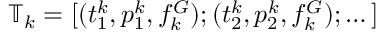
\mathbb { T } _ { k } = [ ( t _ { 1 } ^ { k } , p _ { 1 } ^ { k } , f _ { k } ^ { G } ) ; ( t _ { 2 } ^ { k } , p _ { 2 } ^ { k } , f _ { k } ^ { G } ) ; \dots ]